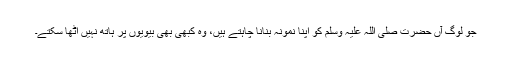
جو لوگ آں حضرت صلی اللہ علیہ وسلم کو اپنا نمونہ بنانا چاہتے ہیں، وہ کبھی بھی بیویوں پر ہاتھ نہیں اٹھا سکتے۔